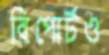
রিপোর্টও